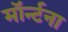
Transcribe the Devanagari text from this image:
मॉर्न्टना